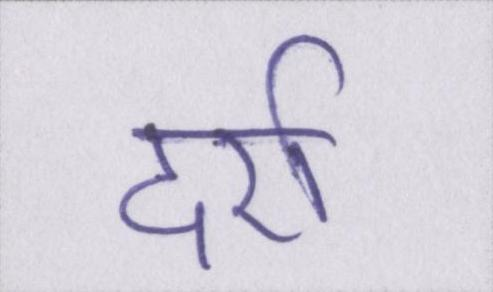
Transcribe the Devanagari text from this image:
दर्रा